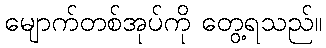
မျောက်တစ်အုပ်ကို တွေ့ရသည်။